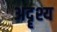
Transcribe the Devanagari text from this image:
अदॄश्य